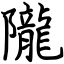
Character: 隴